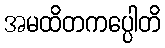
အမထိတကပ္ပေါတိ